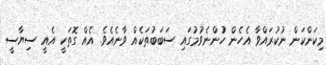
މިކަންކަން ނުކުރައްވާ އެހެން ހުުންނެވުމުގައި ސަބަބުތަކެއް ވާނެއެވެ. އެއް ގޮތަކީ އެއީ ސިޔާސީ